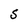
Character: S